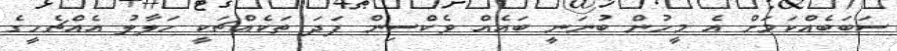
ސަބަބެއްކަމަށް އެ މީހުން ބުނަނީ ބައެއް ވެކްސިން ފަދަ ތަކެއްޗަކީ ހަލާލު އެއްޗެހީގެ